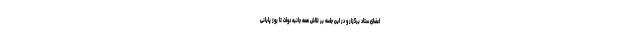
اعضای ستاد برگزار و در این جلسه بر تلاش همه جانبه دولت تا روز پایانی